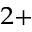
^ { 2 + }